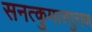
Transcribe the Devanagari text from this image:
सनत्कुमारपुराण